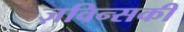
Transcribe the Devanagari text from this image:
ज़विन्सकी